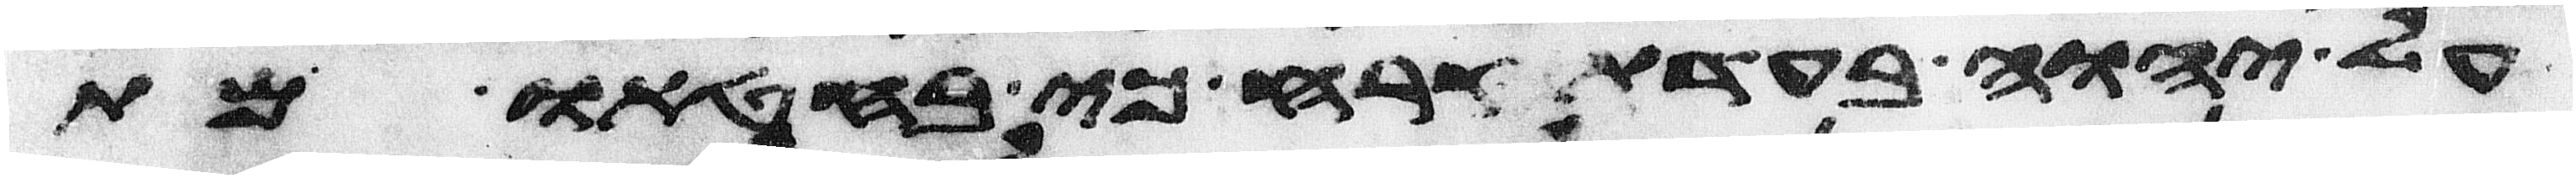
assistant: על יהוה בעדת קרח כי בחטאו מת